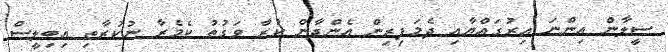
ސީލާން އިންނަ އިރުގައްޔާއި ދެމަފިރިން އެންދާން ކުރާ ވަގުތު ކެމެރާ ނުކުރާތި އިބިލީސް